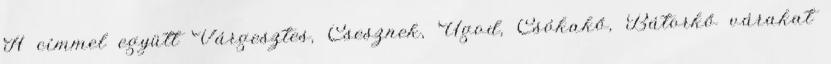
A címmel együtt Várgesztes, Csesznek, Ugod, Csókakő, Bátorkő várakat